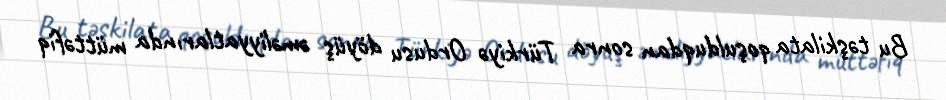
Bu təşkilata qoşulduqdan sonra Türkiyə Ordusu döyüş əməliyyatlarında müttəfiq